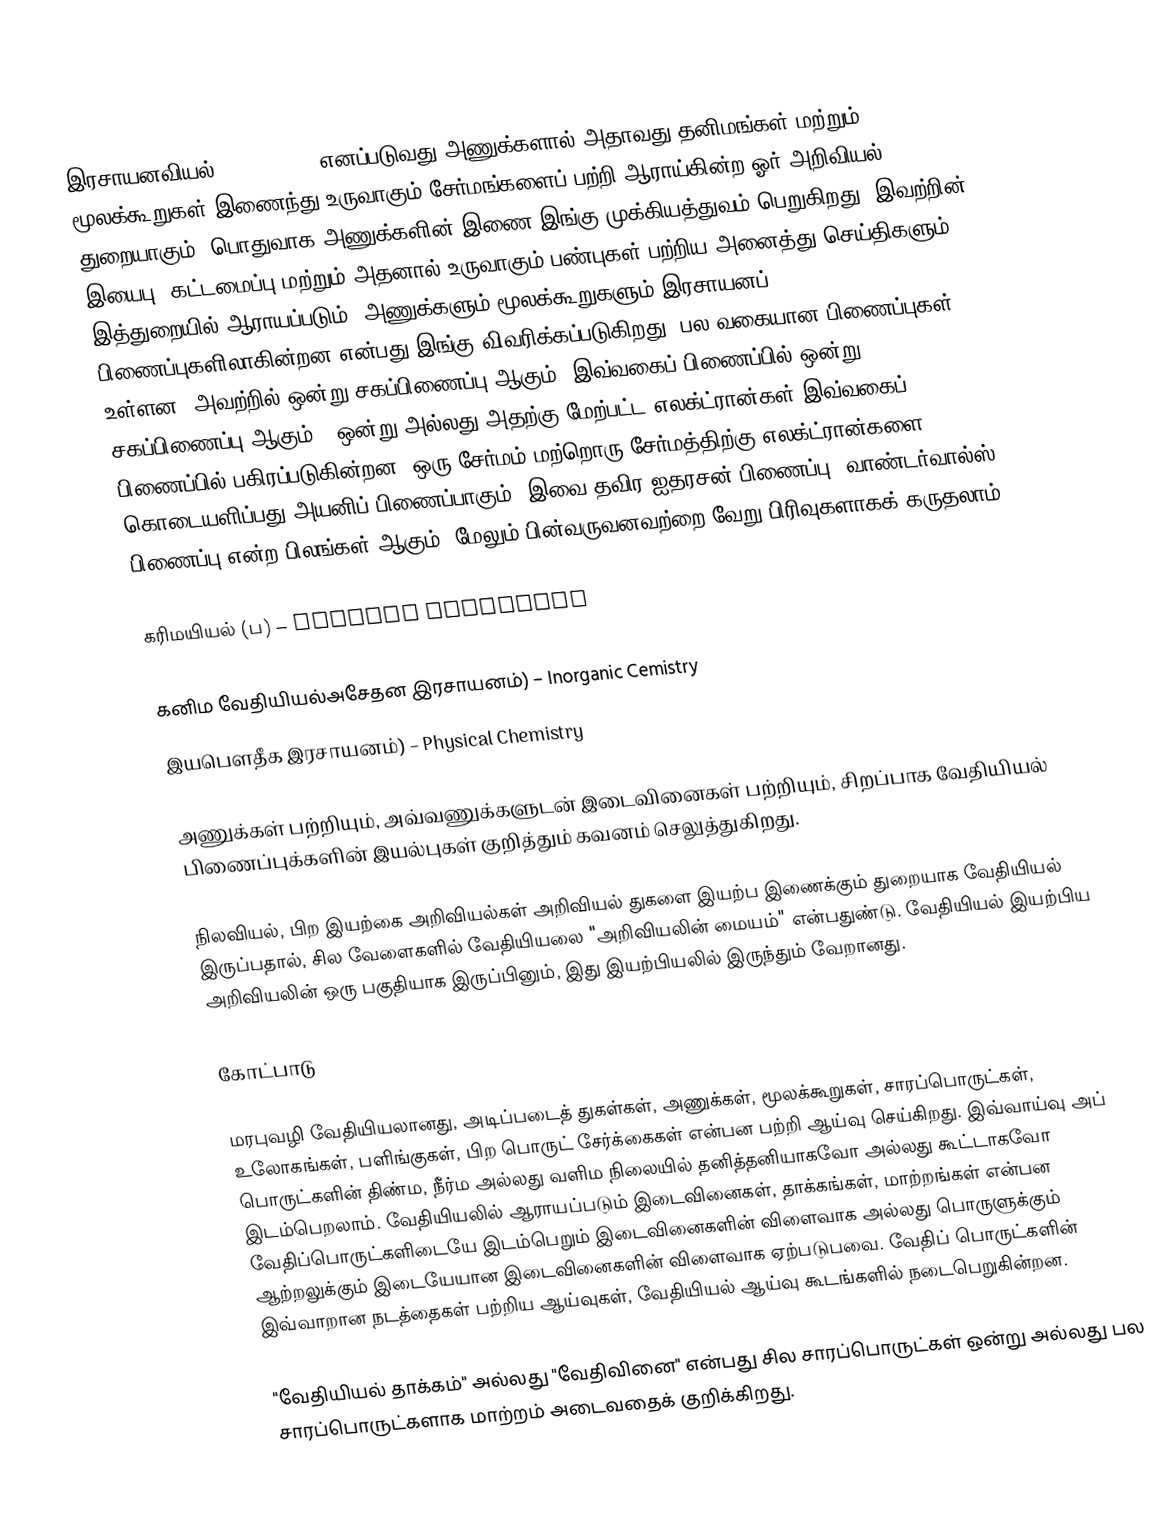
இரசாயனவியல் (Chemistry) எனப்படுவது அணுக்களால் அதாவது தனிமங்கள் மற்றும் மூலக்கூறுகள் இணைந்து உருவாகும் சேர்மங்களைப் பற்றி ஆராய்கின்ற ஓர் அறிவியல் துறையாகும். பொதுவாக அணுக்களின் இணை இங்கு முக்கியத்துவம் பெறுகிறது. இவற்றின் இயைபு, கட்டமைப்பு மற்றும் அதனால் உருவாகும் பண்புகள் பற்றிய அனைத்து செய்திகளும் இத்துறையில் ஆராயப்படும். அணுக்களும் மூலக்கூறுகளும் இரசாயனப் பிணைப்புகளிலாகின்றன என்பது இங்கு விவரிக்கப்படுகிறது .பல வகையான பிணைப்புகள் உள்ளன. அவற்றில் ஒன்று சகப்பிணைப்பு ஆகும். இவ்வகைப் பிணைப்பில் ஒன்று சகப்பிணைப்பு ஆகும் . ஒன்று அல்லது அதற்கு மேற்பட்ட எலக்ட்ரான்கள் இவ்வகைப் பிணைப்பில் பகிரப்படுகின்றன. ஒரு சேர்மம் மற்றொரு சேர்மத்திற்கு எலக்ட்ரான்களை கொடையளிப்பது அயனிப் பிணைப்பாகும். இவை தவிர ஐதரசன் பிணைப்பு, வாண்டர்வால்ஸ் பிணைப்பு என்ற பிலங்கள் ஆகும். மேலும் பின்வருவனவற்றை வேறு பிரிவுகளாகக் கருதலாம்.

  கரிமயியல் (ப) – Organic Chemistry

கனிம வேதியியல்அசேதன இரசாயனம்) – Inorganic Cemistry
  இயபௌதீக இரசாயனம்) – Physical Chemistry

அணுக்கள் பற்றியும், அவ்வணுக்களுடன் இடைவினைகள் பற்றியும், சிறப்பாக வேதியியல் பிணைப்புக்களின் இயல்புகள் குறித்தும் கவனம் செலுத்துகிறது.

நிலவியல், பிற இயற்கை அறிவியல்கள் அறிவியல் துகளை இயற்ப இணைக்கும் துறையாக வேதியியல் இருப்பதால், சில வேளைகளில் வேதியியலை "அறிவியலின் மையம்" என்பதுண்டு. வேதியியல் இயற்பிய அறிவியலின் ஒரு பகுதியாக இருப்பினும், இது இயற்பியலில் இருந்தும் வேறானது.

கோட்பாடு

மரபுவழி வேதியியலானது, அடிப்படைத் துகள்கள், அணுக்கள், மூலக்கூறுகள், சாரப்பொருட்கள், உலோகங்கள், பளிங்குகள், பிற பொருட் சேர்க்கைகள் என்பன பற்றி ஆய்வு செய்கிறது. இவ்வாய்வு அப் பொருட்களின் திண்ம, நீர்ம அல்லது வளிம நிலையில் தனித்தனியாகவோ அல்லது கூட்டாகவோ இடம்பெறலாம். வேதியியலில் ஆராயப்படும் இடைவினைகள், தாக்கங்கள், மாற்றங்கள் என்பன வேதிப்பொருட்களிடையே இடம்பெறும் இடைவினைகளின் விளைவாக அல்லது பொருளுக்கும் ஆற்றலுக்கும் இடையேயான இடைவினைகளின் விளைவாக ஏற்படுபவை. வேதிப் பொருட்களின் இவ்வாறான நடத்தைகள் பற்றிய ஆய்வுகள், வேதியியல் ஆய்வு கூடங்களில் நடைபெறுகின்றன.

"வேதியியல் தாக்கம்" அல்லது "வேதிவினை" என்பது சில சாரப்பொருட்கள் ஒன்று அல்லது பல சாரப்பொருட்களாக மாற்றம் அடைவதைக் குறிக்கிறது.